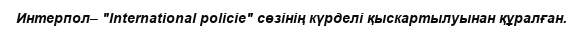
Интерпол– "International polіcie" сөзінің күрделі қыскартылуынан құралған.